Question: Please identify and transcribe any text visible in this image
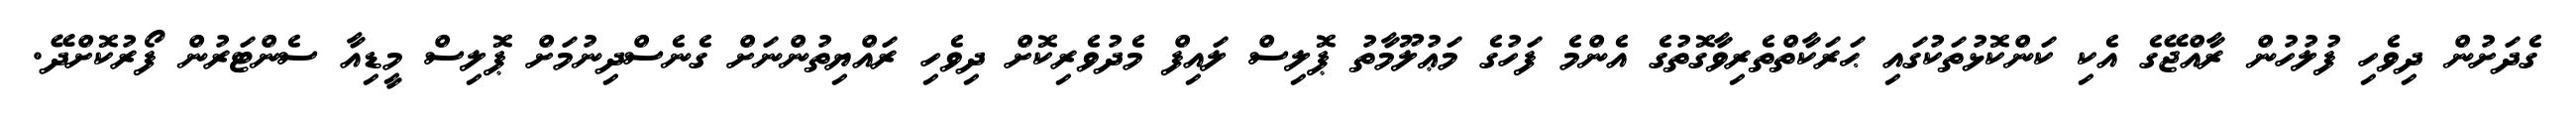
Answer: ގެދަށުން ދިވެހި ފުލުހުން ރާއްޖޭގެ އެކި ކަންކޮޅުތަކުގައި ޙަރަކާތްތެރިވާގޮތުގެ އެންމެ ފަހުގެ މަޢުލޫމާތު ޕޮލިސް ލައިފް މެދުވެރިކޮށް ދިވެހި ރައްޔިތުންނަށް ގެނެސްދިނުމަށް ޕޮލިސް މީޑިއާ ސެންޓަރުން ފޯރުކޮށްދޭ.